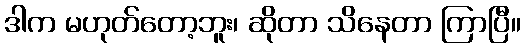
ဒါက မဟုတ်တော့ဘူး၊ ဆိုတာ သိနေတာ ကြာပြီ။